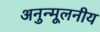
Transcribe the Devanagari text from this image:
अनुन्मूलनीय